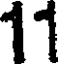
11